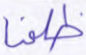
ظلمنا